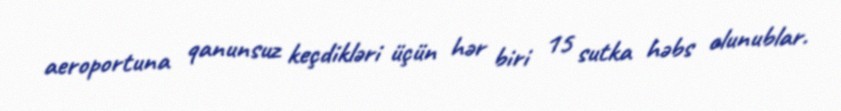
aeroportuna qanunsuz keçdikləri üçün hər biri 15 sutka həbs olunublar.